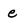
Character: e